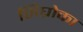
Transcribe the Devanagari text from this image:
सिघ्रोका